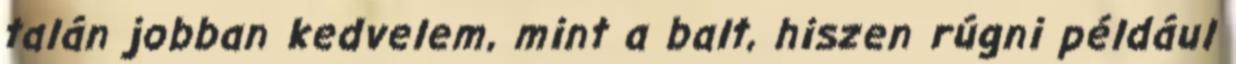
talán jobban kedvelem, mint a balt, hiszen rúgni például